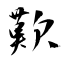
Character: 歎